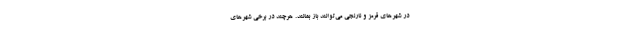
در شهرهای قرمز و نارنجی می‌توانند باز بمانند. هرچند در برخی شهرهای